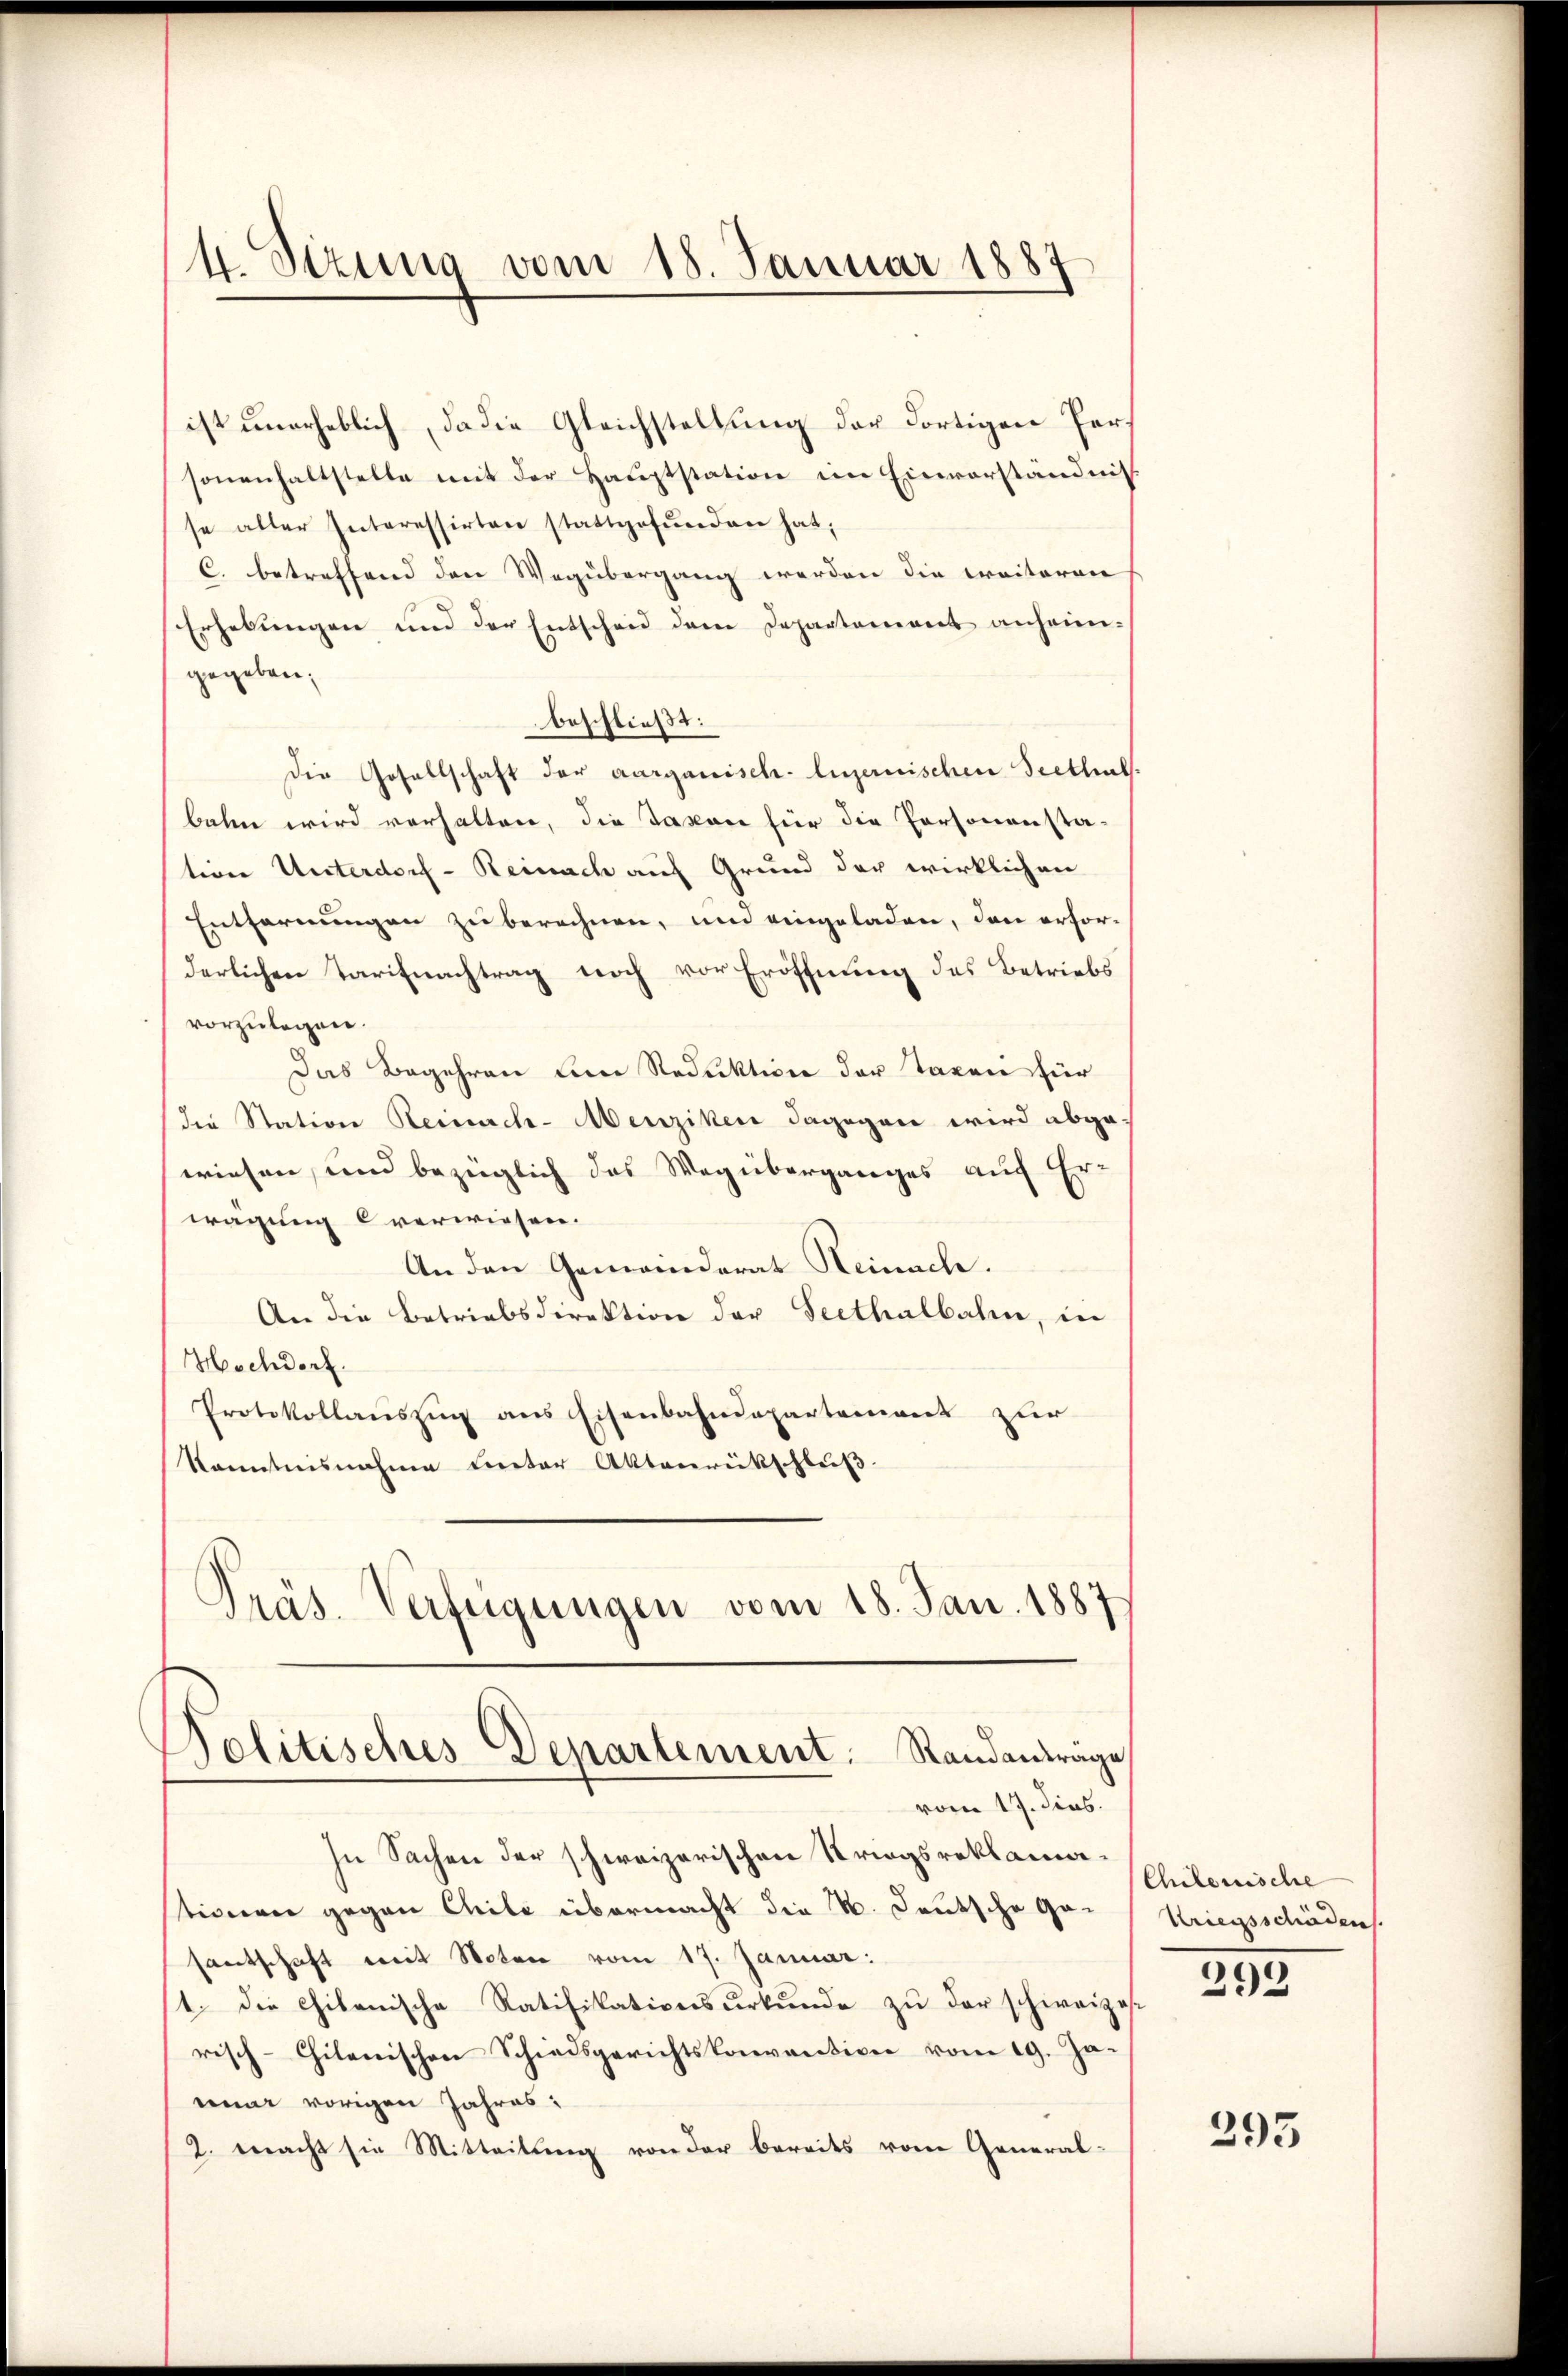
4. Stzung vom 18. Januar 1887

ist unerheblich, da die Gleichstellung der dortigen Personenhaltstelle mit der Hauptstation im Einverständnis
se aller Interessirten stattgefunden hat;
C. betreffend den Wegübergang werden die Traiteren
Erhebungen und der Entscheid dem Departement anheimgegeben;
beschließt:
die Gesellschaft der aargauisch-luzernischen Seethal.
bahn wird verhalten, die Taxen für die Personensta-
tion Unterdorf - Reinach auf Grund der wirklichen
Entfernungen zu berechnen, und eingeladen, den erfor-
derlichen Tarifnachtrag noch vor Eröffnung des Betriebs
vorzulegen.
Das Begehren die Reduktion der Taxen für
die Station Reinach-Menziken dagegen wird abgewiesen, und bezüglich das Wegüberganges auf Er-
wägung verwiesen.
An den Gemeinderat Heinach.
An die Betriebsdirektion der Seethalbahne, in
Hochdorf.
Protokollauszug aus Eisenbahndepartement zur
kanntnisnahme Creter Aktenrückschluß
Präs. Verfügungen vom 18. Jan. 1887

Politisches Departement. Standantrage
vom 17. dies

In Sachen der schweizerischen Striegsreklamationen gegen Chile übermacht die M. Deutsche Gesantschaft mit Noten vom 17. Januar:
1. die Chikanische Ratifikationsurkunde zu der schweizes
risch-Chilenischen Schiedsgerichtskonvention vom 19. Ja-
emar vorigen Jahres:
2. macht sie Mitteilung von der bereits vom General-

Chilenische
Kriegsschäden

292

293